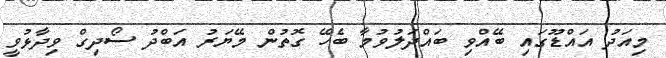
މިއަދު އައްޑޫގައި ބޭއްވި ބައްދަލުވުމާ ބެހޭ ގޮތުން މޭޔަރު އަބްދު ސޯދިގް ވިދާޅުވީ